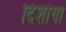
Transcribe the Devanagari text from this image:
दिर्शाया